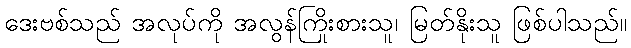
ဒေးဗစ်သည် အလုပ်ကို အလွန်ကြိုးစားသူ၊ မြတ်နိုးသူ ဖြစ်ပါသည်။